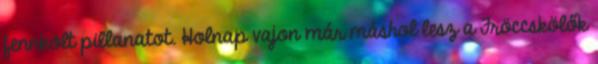
fennkölt pillanatot. Holnap vajon már máshol lesz a Fröccskölők